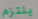
يلتزم